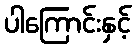
ပါကြောင်းနှင့်